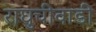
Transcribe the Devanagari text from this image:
राघुचीवाडी